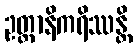
ဥတ္တာနိကရိဿန္တိ